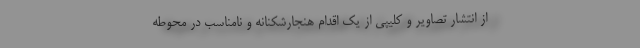
از انتشار تصاویر و کلیپی از یک اقدام هنجارشکنانه و نامناسب در محوطه